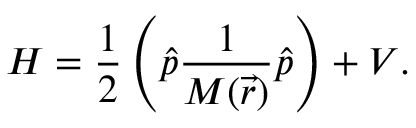
H = \frac { 1 } { 2 } \left( \hat { p } \frac { 1 } { M ( \vec { r } ) } \hat { p } \right) + V .